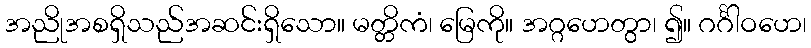
အညိုအစရှိသည်အဆင်းရှိသော။ မတ္တိကံ၊ မြေကို။ အဂ္ဂဟေတွာ၊ ၍။ ဂင်္ဂါဝဟေ၊